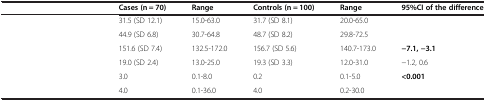
<table><thead><tr><td>[EMPTY_CELL]</td><td><b>Cases (n = 70)</b></td><td><b>Range</b></td><td><b>Controls (n = 100)</b></td><td><b>Range</b></td><td><b>95%CI of the difference</b></td></tr></thead><tbody><tr><td>[EMPTY_CELL]</td><td>31.5 (SD 12.1)</td><td>15.0-63.0</td><td>31.7 (SD 8.1)</td><td>20.0-65.0</td><td>[EMPTY_CELL]</td></tr><tr><td>[EMPTY_CELL]</td><td>44.9 (SD 6.8)</td><td>30.7-64.8</td><td>48.7 (SD 8.2)</td><td>29.8-72.5</td><td>[EMPTY_CELL]</td></tr><tr><td>[EMPTY_CELL]</td><td>151.6 (SD 7.4)</td><td>132.5-172.0</td><td>156.7 (SD 5.6)</td><td>140.7-173.0</td><td><b>−7.1, −3.1</b></td></tr><tr><td>[EMPTY_CELL]</td><td>19.0 (SD 2.4)</td><td>13.0-25.0</td><td>19.3 (SD 3.3)</td><td>12.0-31.0</td><td>−1.2, 0.6</td></tr><tr><td>[EMPTY_CELL]</td><td>3.0</td><td>0.1-8.0</td><td>0.2</td><td>0.1-5.0</td><td><b>&lt;0.001</b></td></tr><tr><td>[EMPTY_CELL]</td><td>4.0</td><td>0.1-36.0</td><td>4.0</td><td>0.2-30.0</td><td>[EMPTY_CELL]</td></tr></tbody></table>